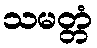
သမတ္တံ